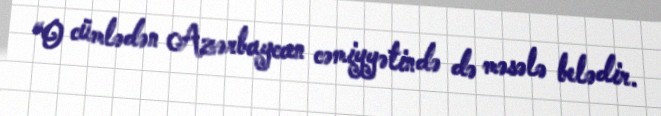
“O cümlədən Azərbaycan cəmiyyətində də məsələ belədir.